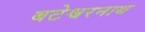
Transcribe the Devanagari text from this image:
बटेश्वरनाथ